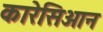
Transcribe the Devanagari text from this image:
कारेसिआन